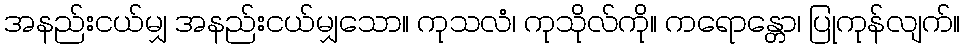
အနည်းငယ်မျှ အနည်းငယ်မျှသော။ ကုသလံ၊ ကုသိုလ်ကို။ ကရောန္တော၊ ပြုကုန်လျက်။